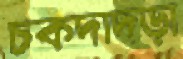
চকদাদড়া